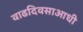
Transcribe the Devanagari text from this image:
वाढदिवसाआधी